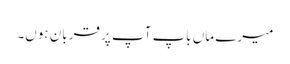
میرے ماں باپ آپ پر قربان ہوں۔